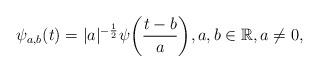
LaTeX: \begin{align*}\psi_{a,b}(t)=|a|^{-\frac{1}{2}}\psi\bigg(\frac{t-b}{a}\bigg), a,b \in \mathbb{R}, a\neq0,\end{align*}